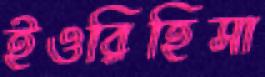
ইওরিহিসা